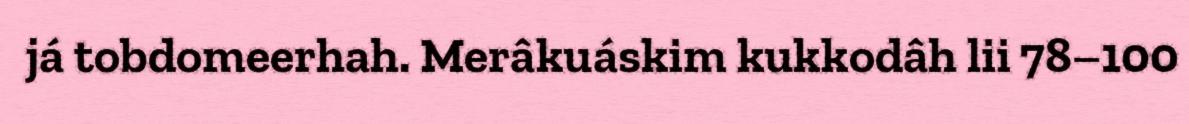
já tobdomeerhah. Merâkuáskim kukkodâh lii 78–100